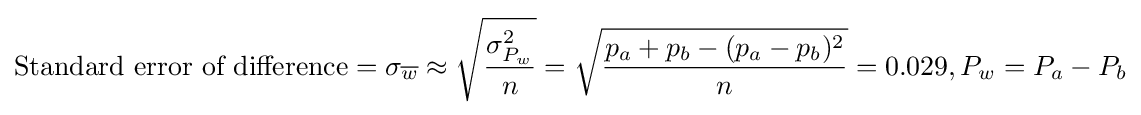
{\text{Standard error of difference}}=\sigma _{\overline {w}}\approx {\sqrt {\frac {\sigma _{P_{w}}^{2}}{n}}}={\sqrt {\frac {p_{a}+p_{b}-(p_{a}-p_{b})^{2}}{n}}}=0.029,P_{w}=P_{a}-P_{b}